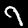
Digit: 9